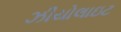
ઝીયોલાઇટ